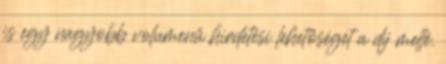
is egy nagyobb volumenű hirdetési lehetőséget a díj mellé.